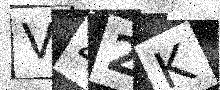
Text: V42K